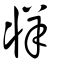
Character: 牂